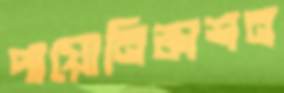
পায়োনিষ্কাশন